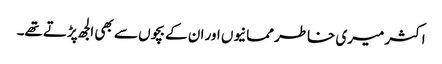
اکثر میری خاطر ممانیوں اور ان کے بچوں سے بھی الجھ پڑتے تھے۔